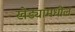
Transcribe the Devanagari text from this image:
खेड्यामधील